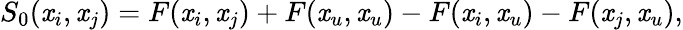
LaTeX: S_{0}(\mathit{x}_{i},\mathit{x}_{j})=F(\mathit{x}_{i},\mathit{x}_{j})+F(\mathit{x}_{u},\mathit{x}_{u})-F(\mathit{x}_{i},\mathit{x}_{u})-F(\mathit{x}_{j},\mathit{x}_{u}),